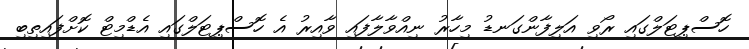
ހޮސްޕިޓަލްގައި ރޯވި އަލިފާންގަނޑު މިހާރު ނިއްވާލާފައި ވާއިރު އެ ހޮސްޕިޓަލްގައި އެޑްމިޓް ކޮށްފައިތިބި